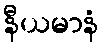
နီယမာနံ